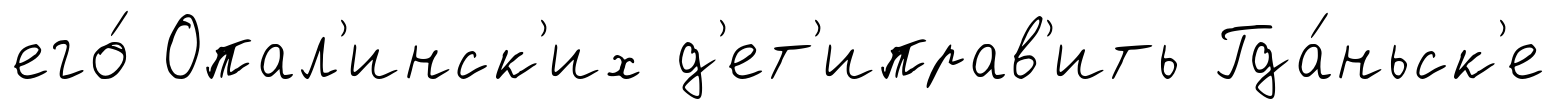
его́ Опал'инск'их д'ет'иправ'ить Гда́ньск'е